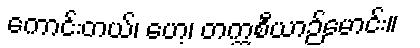
ကောင်းတယ်၊ ဟေ့၊ တက္ကစီယာဉ်မောင်း။